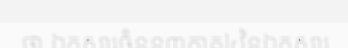
ថា ឯកសារចំនួន៣ភាគ៤នៃឯកសារ